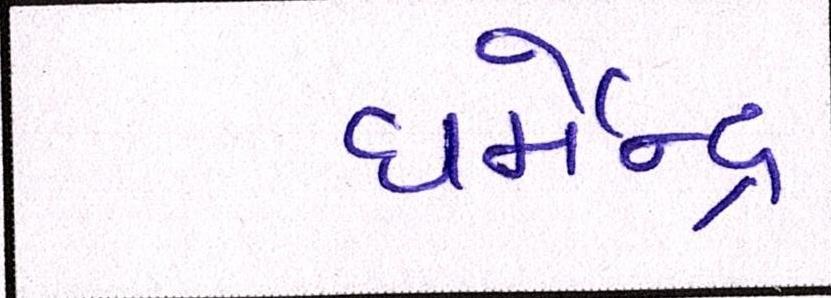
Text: ધર્મેન્દ્ર